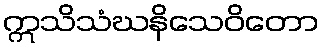
ဣသိသံဃနိသေဝိတော